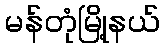
မန်တုံမြို့နယ်